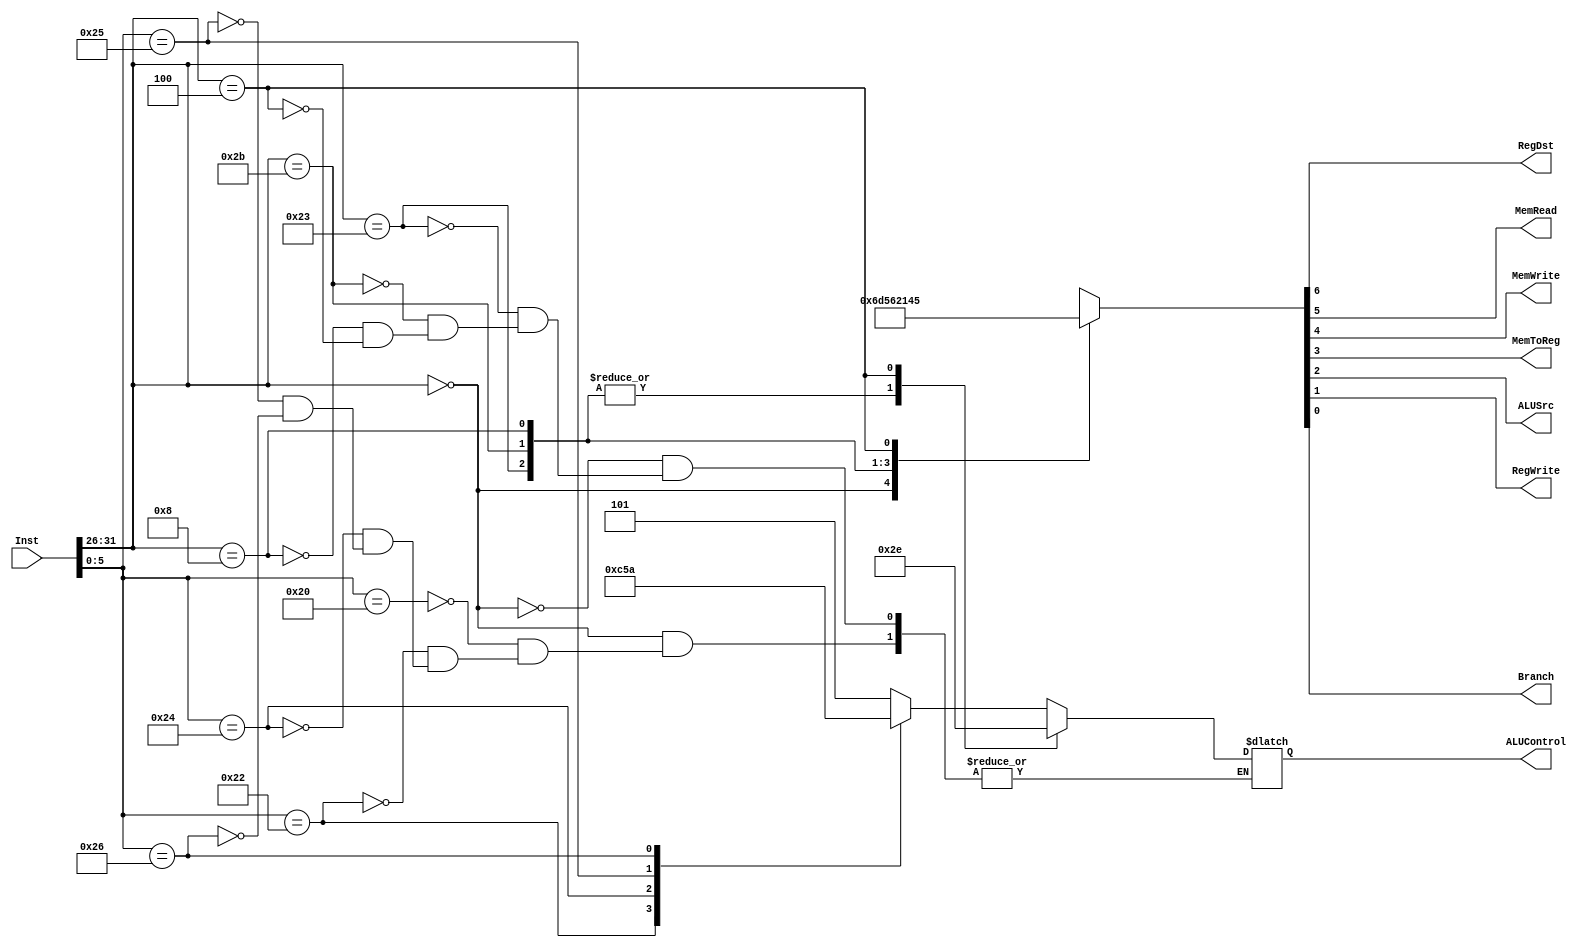
	module ControlUnit(Inst, RegDst, MemRead, MemWrite, MemToReg, ALUControl, ALUSrc, RegWrite, Branch);
		input [31:0] Inst;
		output reg MemToReg;
		output reg  MemWrite;
		output reg  MemRead;
		output reg  ALUSrc;
		output reg  RegDst;
		output reg  RegWrite;
		output reg	Branch;
		output reg  [2:0] ALUControl;         
               
reg [6:0] control;

always @(Inst[31:26],Inst[5:0]) begin 
		

    case (Inst[31:26]) 
        6'b000000: begin                          // R-type
                    control <= 7'b0000110;        

                    case (Inst[5:0])
                    6'b100000: ALUControl <= 3'b101;    // ADD
                    6'b100010: ALUControl <= 3'b110;    // SUB
                    6'b100100: ALUControl <= 3'b001;    // AND
                    6'b100101: ALUControl <= 3'b011;    // OR
                    6'b100110: ALUControl <= 3'b010;    // XOR
                endcase

            end

        6'b100011: begin                          // LW
                        control <= 7'b1101010;     
                        ALUControl <= 3'b101;
                    end

        6'b101011: begin                          // SW
                         control <= 7'b1011000;      
                         ALUControl <= 3'b101;
                    end 
						  
        6'b001000: begin                          // ADDI
                        control <= 7'b1000010; 
                        ALUControl <= 3'b101; 
                    end 
		  6'b000100: begin 
								control <= 7'b1000101;
								ALUControl <= 3'b110;
						end									//BEQ
        default:   control <= 7'bxxxxxxx;     		  // NOP
    endcase
   
    {RegDst,MemRead,MemWrite,MemToReg,ALUSrc,RegWrite, Branch} = control;
	 
end

endmodule